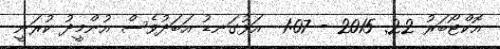
އޮކްޓޯބަރު 22